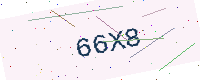
Text: 66X8